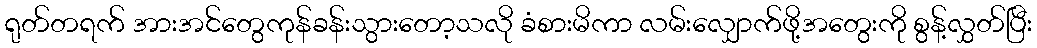
ရုတ်တရက် အားအင်တွေကုန်ခန်းသွားတော့သလို ခံစားမိကာ လမ်းလျှောက်ဖို့အတွေးကို စွန့်လွှတ်ပြီး